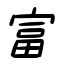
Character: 富